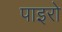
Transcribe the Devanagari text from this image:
पाइरो